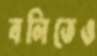
বলিতেও